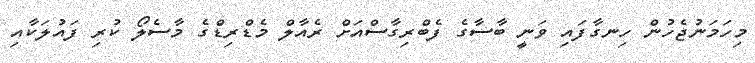
މިހަމަނުޖެހުން ހިނގާފައި ވަނީ ބާސާގެ ފެބްރިގާސްއަށް ރެއާލް މެޑްރިޑްގެ މާސެލޯ ކުރި ފައުލަކާއި